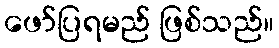
ဖော်ပြရမည် ဖြစ်သည်။